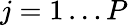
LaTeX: j=1\ldots P